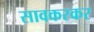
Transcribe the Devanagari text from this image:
सावकरकर